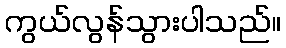
ကွယ်လွန်သွားပါသည်။